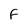
Character: f